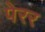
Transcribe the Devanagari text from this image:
पेरर